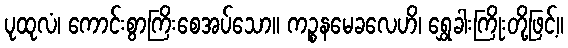
ပုထုလံ၊ ကောင်းစွာကြိးစေအပ်သော။ ကဉ္စနမေခလေဟိ၊ ရွှေခါးကြိုးတို့ဖြင့်။